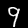
Label: 9